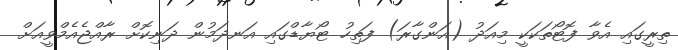
ތިރީގައި އެވާ ފޮޓޯތަކަކީ މިއަދު (އަންގާރަ) ފަތިހު ޓޯޔާޑްގައި އަނދަމުން ދަނިކޮށް ރާއްޖެއެމްވީއަށް